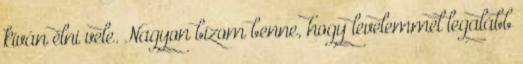
kíván élni vele. Nagyon bízom benne, hogy levelemmel legalább